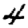
Digit: 4